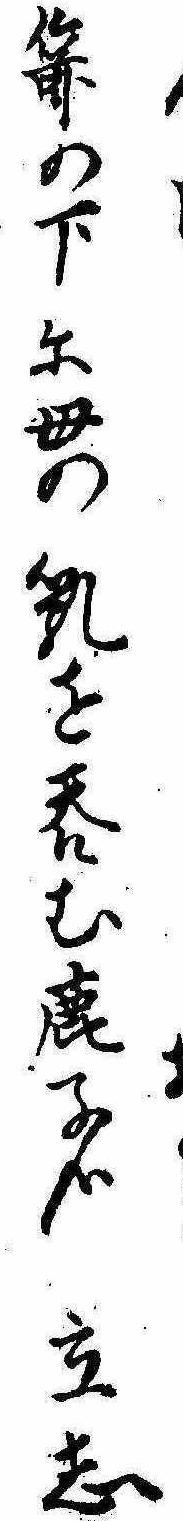
箭の下に母の乳を呑む鹿子哉立志